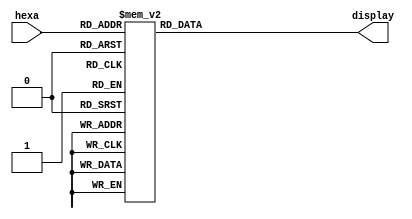
/* ----------------------------------------------------------------
 * Arquivo   : hexa7seg.v
 * Projeto   : Experiencia 3 - Um Fluxo de Dados Simples
 *--------------------------------------------------------------
 * Descricao : decodificador hexadecimal para 
 *             display de 7 segmentos 
 * 
 * entrada : hexa - codigo binario de 4 bits hexadecimal
 * saida   : sseg - codigo de 7 bits para display de 7 segmentos
 *
 * baseado no componente bcd7seg.v da Intel FPGA
 *--------------------------------------------------------------
 * dica de uso: mapeamento para displays da placa DE0-CV
 *              bit 6 mais significativo  o bit a esquerda
 *              p.ex. sseg(6) -> HEX0[6] ou HEX06
 *--------------------------------------------------------------
 * Revisoes  :
 *     Data        Versao  Autor             Descricao
 *     24/12/2023  1.0     Edson Midorikawa  criacao
 *--------------------------------------------------------------
 */

module hexa7segABC (hexa, display);
    input      [2:0] hexa;
    output reg [6:0] display;

    /*
     *    ---
     *   | 0 |
     * 5 |   | 1
     *   |   |
     *    ---
     *   | 6 |
     * 4 |   | 2
     *   |   |
     *    ---
     *     3
     */
        
    always @(hexa)
    case (hexa)
        4'h0:    display = 7'b0001000; // A
        4'h1:    display = 7'b0000000; // B
        4'h2:    display = 7'b1000110; // C
        4'h3:    display = 7'b1000000; // D
        4'h4:    display = 7'b0000110; // E
        4'h5:    display = 7'b0001110; // F
        4'h6:    display = 7'b0000010; // G
        4'h7:    display = 7'b0001001; // H
        default: display = 7'b1111111;
    endcase
endmodule